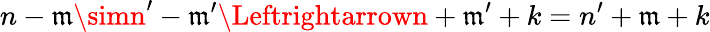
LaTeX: n-\mathfrak{m}\simn^{\prime}-\mathfrak{m}^{\prime}\Leftrightarrown+\mathfrak{m}^{\prime}+k=n^{\prime}+\mathfrak{m}+k